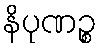
နိပုဏဉ္စ